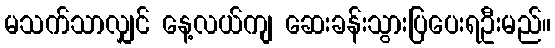
မသက်သာလျှင် နေ့လယ်ကျ ဆေးခန်းသွားပြပေးရဦးမည်။